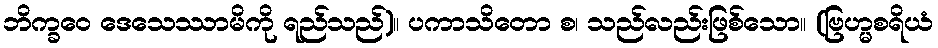
ဘိက္ခဝေ ဒေသေဿာမိကို ရည်သည်)။ ပကာသိတော စ၊ သည်လည်းဖြစ်သော။ (ဗြဟ္မစရိယံ